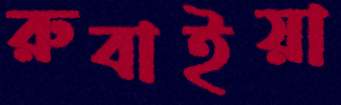
রুবাইয়া